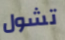
تشول